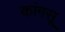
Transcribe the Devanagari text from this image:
कांगसू